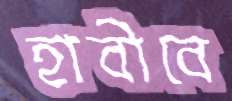
হাবীবে